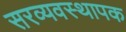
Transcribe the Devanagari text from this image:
सरव्यवस्थापक